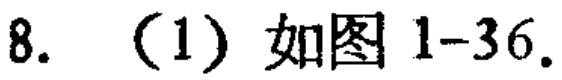
8. （1）如图1-36.